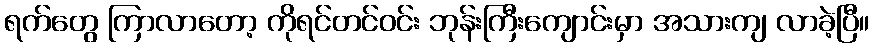
ရက်တွေ ကြာလာတော့ ကိုရင်တင်ဝင်း ဘုန်းကြီးကျောင်းမှာ အသားကျ လာခဲ့ပြီ။